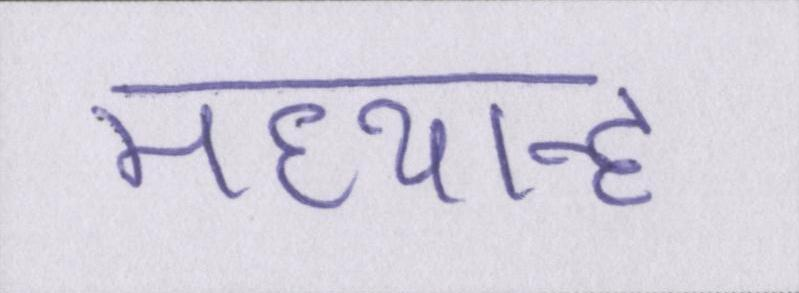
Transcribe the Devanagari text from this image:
मध्यान्ह